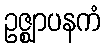
ဥဇ္ဈာပနကံ